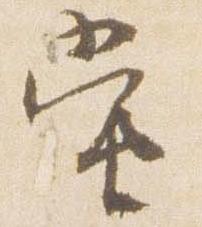
当